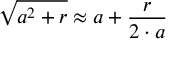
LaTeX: { \sqrt { a ^ { 2 } + r } } \approx a + { \frac { r } { 2 \cdot a } }